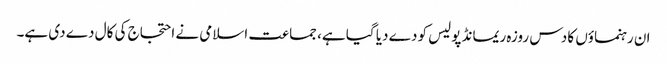
ان رہنماؤں کا دس روزہ ریمانڈ پولیس کو دے دیا گیا ہے، جماعت اسلامی نے احتجاج کی کال دے دی ہے۔